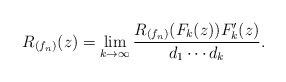
\begin{align*}R_{(f_n)}(z) = \lim_{k\rightarrow\infty} \frac{R_{(f_n)}(F_k(z)) F_k^\prime (z)}{d_1\cdots d_k}.\end{align*}